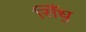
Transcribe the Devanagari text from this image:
सिँधु